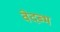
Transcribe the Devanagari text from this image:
वेदब्भ